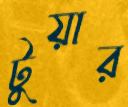
টুয়ার